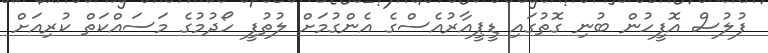
ފުލުސް އޮފީހުން ބުނި ގޮތުގައި ޑީޕީއާރުއެސްގެ އެންގުމަށް ލުތުފީ ހޯދުމުގެ މަސައްކަތް ކުރިއަށް